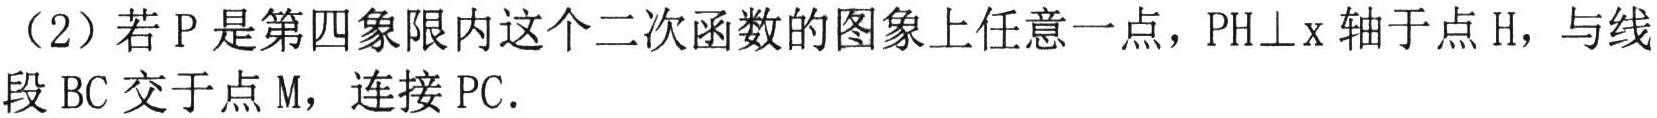
（2）若\(P\)是第四象限内这个二次函数的图象上任意一点，\(PH\perp x\)轴于点\(H\)，与线段\(BC\)交于点\(M\)，连接\(PC\).